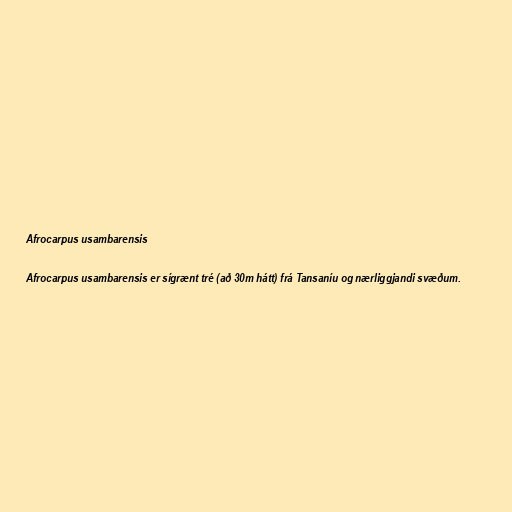
Afrocarpus usambarensis

Afrocarpus usambarensis er sígrænt tré (að 30m hátt) frá Tansaníu og nærliggjandi svæðum.